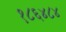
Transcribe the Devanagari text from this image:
१८६४८४